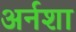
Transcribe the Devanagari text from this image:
अर्नशा